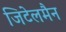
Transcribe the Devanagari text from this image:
जिटेलमैन